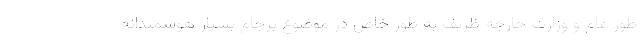
طور عام و وزارت خارجه ظریف به طور خاص در موضوع برجام بسیار هوشمندانه